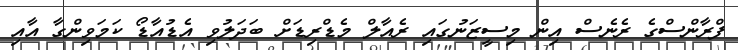
ފްރާންސްގެ ރެނެސް އިން މިސީޒަނުގައި ރެއާލް މެޑްރިޑަށް ބަދަލުވި އެޑުއާޑޯ ކަމަވިންގާ އާއި